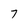
Character: 7